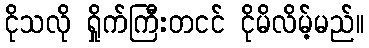
ငိုသလို ရှိုက်ကြီးတငင် ငိုမိလိမ့်မည်။